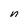
Character: n